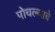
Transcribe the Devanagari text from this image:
पोचल्याचे